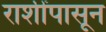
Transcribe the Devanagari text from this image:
राशींपासून